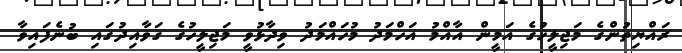
ރައްޔިތުންގެ މަޖިލީހުގެ އަމީން އާއްމު އަހްމަދު މުހައްމަދު ވިދާޅުވީ މަޖިލީހުގެ ގަވާއިދުގައި ބުނެފައިވާ